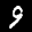
Label: 9